65_HS1-834228961_62-HQ-83894_Section_7
Agency: FBI
Page 88
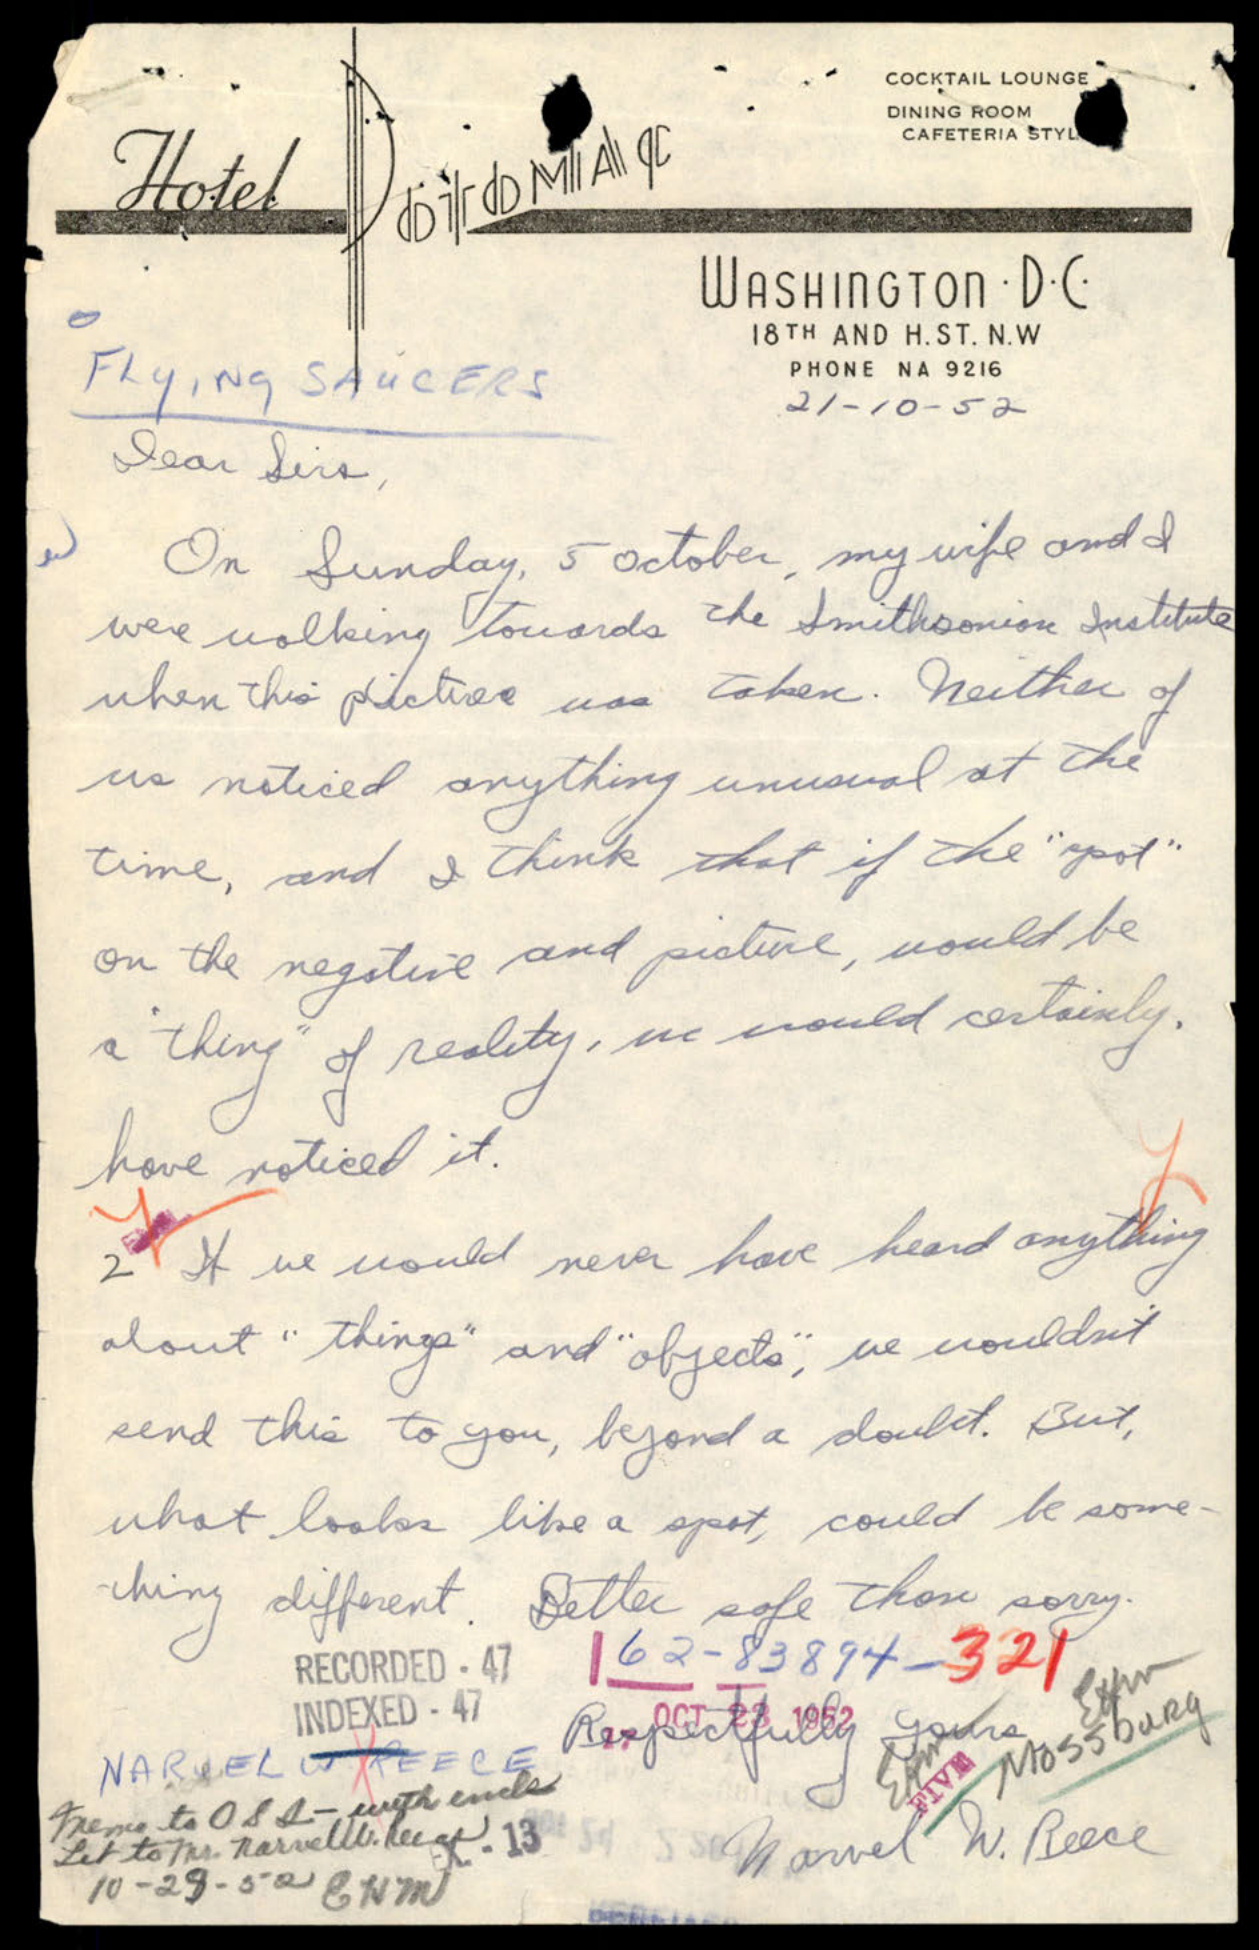